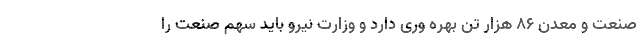
صنعت و معدن ۸۶ هزار تن بهره وری دارد و وزارت نیرو باید سهم صنعت را